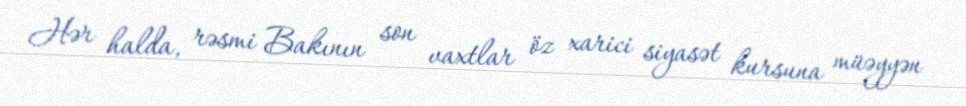
Hər halda, rəsmi Bakının son vaxtlar öz xarici siyasət kursuna müəyyən